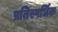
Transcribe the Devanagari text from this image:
प्रतिस्पर्धिक